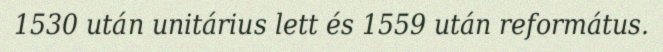
1530 után unitárius lett és 1559 után református.